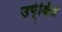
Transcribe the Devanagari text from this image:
उपे्क्षित